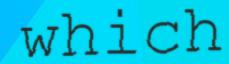
which